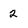
Character: 2